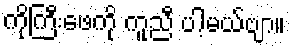
ကိုကြီးဖေကို ကူညီ ပါ့မယ်ဗျာ။